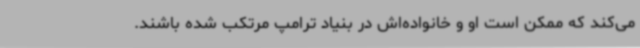
می‌کند که ممکن است او و خانواده‌اش در بنیاد ترامپ مرتکب شده باشند.